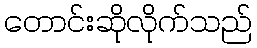
တောင်းဆိုလိုက်သည်